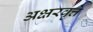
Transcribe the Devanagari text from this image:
अक्षरवृत्ते